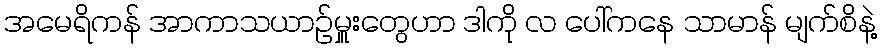
အမေရိကန် အာကာသယာဉ်မှူးတွေဟာ ဒါကို လ ပေါ်ကနေ သာမာန် မျက်စိနဲ့